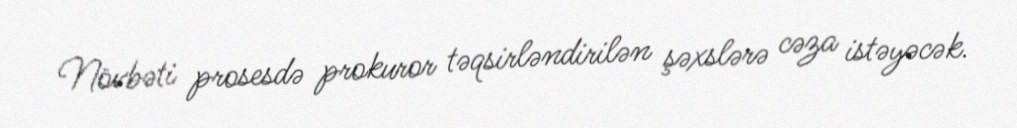
Növbəti prosesdə prokuror təqsirləndirilən şəxslərə cəza istəyəcək.